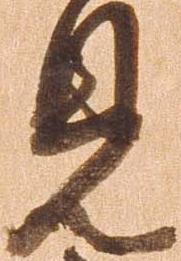
見